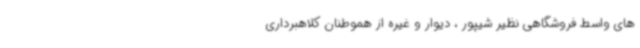
های واسط فروشگاهی نظیر شیپور ، دیوار و غیره از هموطنان کلاهبرداری